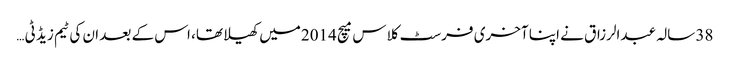
38 سالہ عبدالرزاق نے اپنا آخری فرسٹ کلاس میچ 2014میں کھیلا تھا، اس کے بعد ان کی ٹیم زیڈ ٹی …